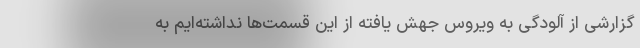
گزارشی از آلودگی به ویروس جهش یافته از این قسمت‌ها نداشته‌ایم به